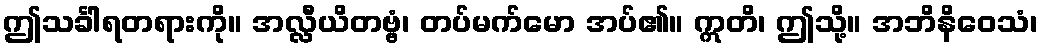
ဤသင်္ခါရတရားကို။ အလ္လီယိတဗ္ဗံ၊ တပ်မက်မော အပ်၏။ ဣတိ၊ ဤသို့။ အဘိနိဝေသံ၊